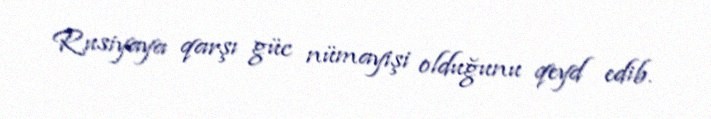
Rusiyaya qarşı güc nümayişi olduğunu qeyd edib.